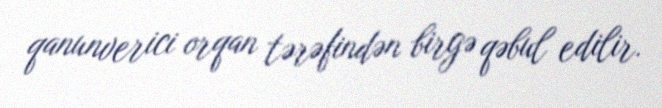
qanunverici orqan tərəfindən birgə qəbul edilir.